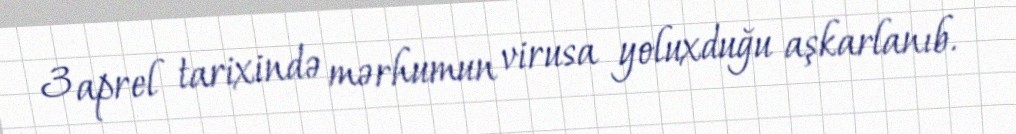
3 aprel tarixində mərhumun virusa yoluxduğu aşkarlanıb.